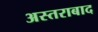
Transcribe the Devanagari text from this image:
अस्तराबाद